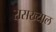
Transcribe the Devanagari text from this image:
रासख्याल